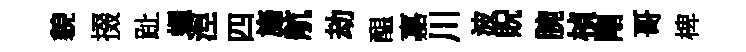
貌掇趾蠅湼四旛航劫醖嘉川波貺腕楨剛哥椑